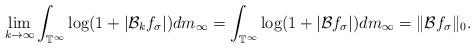
LaTeX: \begin{align*}\lim_{k\rightarrow\infty}\int_{\mathbb{T}^\infty}\log(1+|\mathcal{B}_k f_\sigma|)dm_\infty=\int_{\mathbb{T}^\infty}\log(1+|\mathcal{B}f_\sigma|)dm_\infty=\|\mathcal{B}f_\sigma\|_0.\end{align*}